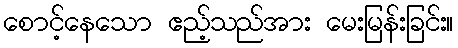
စောင့်နေသော ဧည့်သည်အား မေးမြန်းခြင်း။